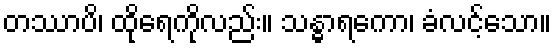
တဿာပိ၊ ထိုရေကိုလည်း။ သန္ဓာရကော၊ ခံလင့်သော။